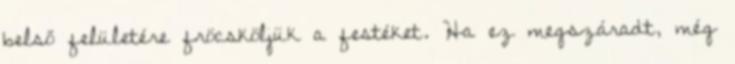
belső felületére fröcsköljük a festéket. Ha ez megszáradt, még